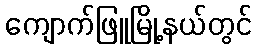
ကျောက်ဖြူမြို့နယ်တွင်